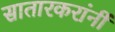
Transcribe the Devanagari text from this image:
सातारकरांनीं